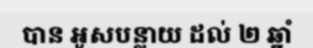
បាន អូសបន្លាយ ដល់ ២ ឆ្នាំ